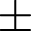
\pm